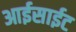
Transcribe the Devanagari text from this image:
आईसाईट